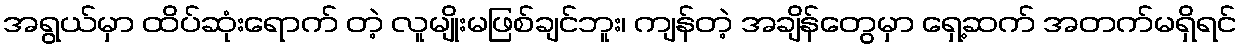
အရွယ်မှာ ထိပ်ဆုံးရောက် တဲ့ လူမျိုးမဖြစ်ချင်ဘူး၊ ကျန်တဲ့ အချိန်တွေမှာ ရှေ့ဆက် အတက်မရှိရင်